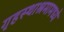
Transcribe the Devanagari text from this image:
गृहस्थाश्रमामध्ये